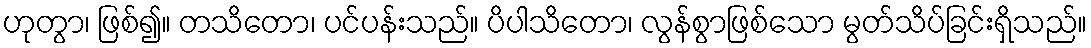
ဟုတွာ၊ ဖြစ်၍။ တသိတော၊ ပင်ပန်းသည်။ ပိပါသိတော၊ လွန်စွာဖြစ်သော မွတ်သိပ်ခြင်းရှိသည်။